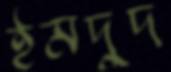
ইমদুদ